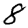
Digit: 8